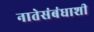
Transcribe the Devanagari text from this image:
नातेसंबंधाशी